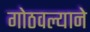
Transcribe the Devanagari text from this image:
गोठवल्याने